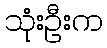
သုံးဦးက